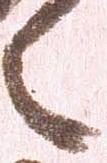
之